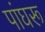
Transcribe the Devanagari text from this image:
पांघरू